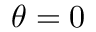
\theta = 0